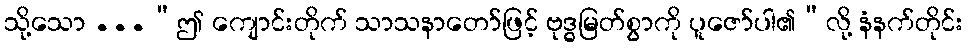
သို့သော ...“ဤ ကျောင်းတိုက် သာသနာတော်ဖြင့် ဗုဒ္ဓမြတ်စွာကို ပူဇော်ပါ၏”လို့ နံနက်တိုင်း